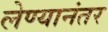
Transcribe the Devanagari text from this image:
लेण्यानंतर